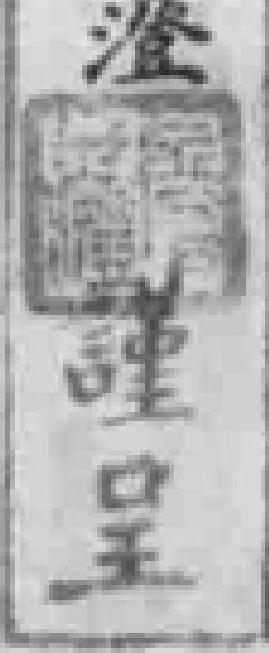
謹呈